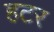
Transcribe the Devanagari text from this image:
हटर